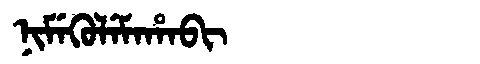
Manchu: ᠨᡳᠮᡝᡴᡠᠯᡝᠮᠠᡥᠠᠪᡳ
Romanization: NIMEKULEMAHABI